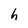
Character: h